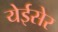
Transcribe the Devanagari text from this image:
येईसेर